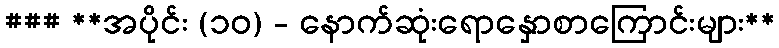
### **အပိုင်း (၁၀) - နောက်ဆုံးရောနှောစာကြောင်းများ**